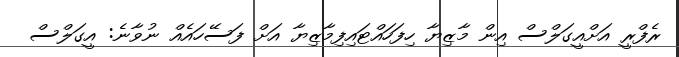
ރެފްރީ އަށްއީގަލްސް އިން މާޒިޔާ ހިފަހައްޓައިފިމާޒިޔާ އަށް ފަސޭހައެއް ނުވާނެ: އީގަލްސް